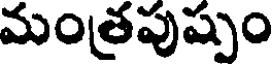
మంత్రపుష్పం